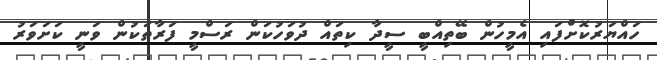
ހައްޔަރުކޮށްފައި އެމީހުން ބޭތިއްބީ ސީދާ ކިތައް ދުވަހުކަން ރަސްމީ ފަރާތަކުން ވަނީ ކަށަވަރު